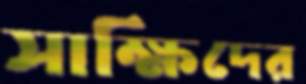
সাক্ষিদের